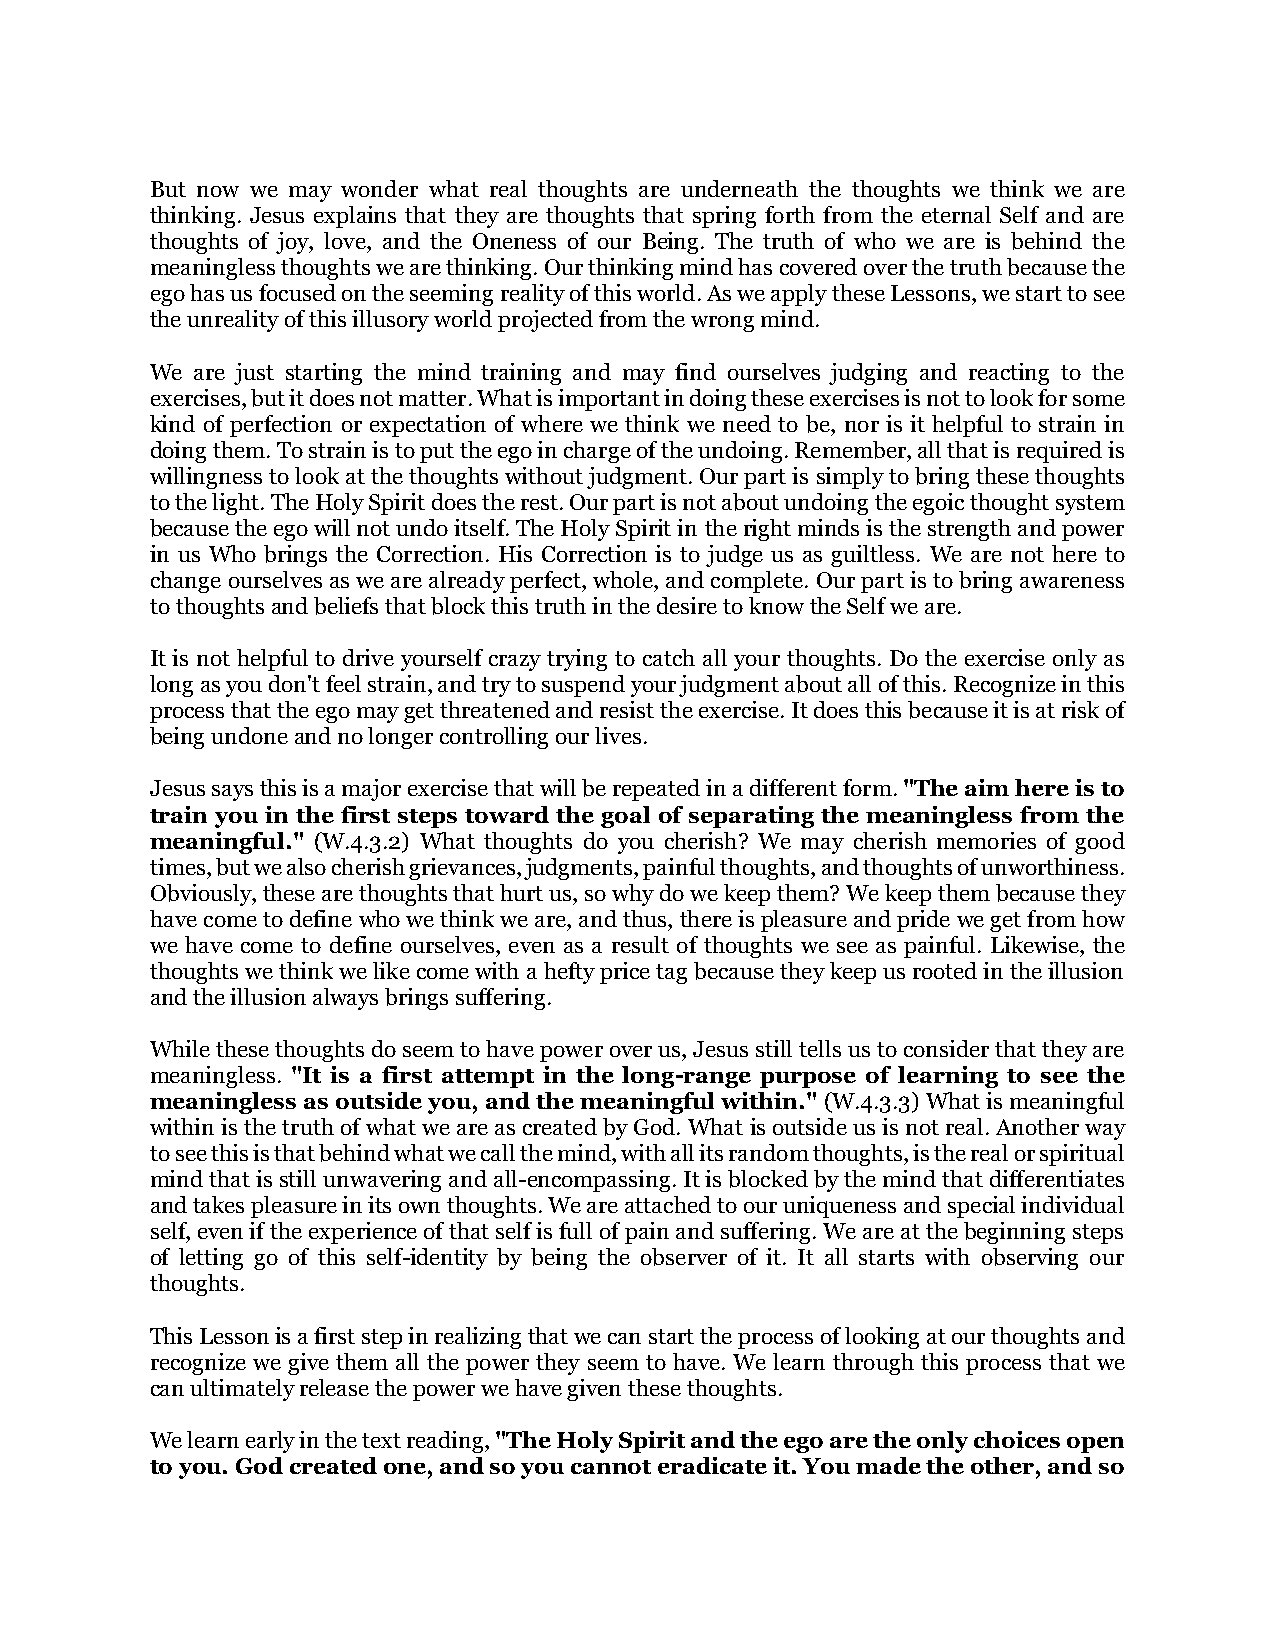
But now we may wonder what real thoughts are underneath the thoughts we think we are
 thinking. Jesus explains that they are thoughts that spring forth from the eternal Self and are
 thoughts of joy, love, and the Oneness of our Being. The truth of who we are is behind the
 meaningless thoughts we are thinking. Our thinking mind has covered over the truth because the
 ego has us focused on the seeming reality of this world. As we apply these Lessons, we start to see
 the unreality of this illusory world projected from the wrong mind.
 We are just starting the mind training and may find ourselves judging and reacting to the
 exercises, but it does not matter. What is important in doing these exercises is not to look for some
 kind of perfection or expectation of where we think we need to be, nor is it helpful to strain in
 doing them. To strain is to put the ego in charge of the undoing. Remember, all that is required is
 willingness to look at the thoughts without judgment. Our part is simply to bring these thoughts
 to the light. The Holy Spirit does the rest. Our part is not about undoing the egoic thought system
 because the ego will not undo itself. The Holy Spirit in the right minds is the strength and power
 in us Who brings the Correction. His Correction is to judge us as guiltless. We are not here to
 change ourselves as we are already perfect, whole, and complete. Our part is to bring awareness
 to thoughts and beliefs that block this truth in the desire to know the Self we are.
 It is not helpful to drive yourself crazy trying to catch all your thoughts. Do the exercise only as
 long as you don't feel strain, and try to suspend your judgment about all of this. Recognize in this
 process that the ego may get threatened and resist the exercise. It does this because it is at risk of
 being undone and no longer controlling our lives.
 Jesus says this is a major exercise that will be repeated in a different form. "The aim here is to
 train you in the first steps toward the goal of separating the meaningless from the
 meaningful." (W.4.3.2) What thoughts do you cherish? We may cherish memories of good
 times, but we also cherish grievances, judgments, painful thoughts, and thoughts of unworthiness.
 Obviously, these are thoughts that hurt us, so why do we keep them? We keep them because they
 have come to define who we think we are, and thus, there is pleasure and pride we get from how
 we have come to define ourselves, even as a result of thoughts we see as painful. Likewise, the
 thoughts we think we like come with a hefty price tag because they keep us rooted in the illusion
 and the illusion always brings suffering.
 While these thoughts do seem to have power over us, Jesus still tells us to consider that they are
 meaningless. "It is a first attempt in the long-range purpose of learning to see the
 meaningless as outside you, and the meaningful within." (W.4.3.3) What is meaningful
 within is the truth of what we are as created by God. What is outside us is not real. Another way
 to see this is that behind what we call the mind, with all its random thoughts, is the real or spiritual
 mind that is still unwavering and all-encompassing. It is blocked by the mind that differentiates
 and takes pleasure in its own thoughts. We are attached to our uniqueness and special individual
 self, even if the experience of that self is full of pain and suffering. We are at the beginning steps
 of letting go of this self-identity by being the observer of it. It all starts with observing our
 thoughts.
 This Lesson is a first step in realizing that we can start the process of looking at our thoughts and
 recognize we give them all the power they seem to have. We learn through this process that we
 can ultimately release the power we have given these thoughts.
 We learn early in the text reading, "The Holy Spirit and the ego are the only choices open
 to you. God created one, and so you cannot eradicate it. You made the other, and so